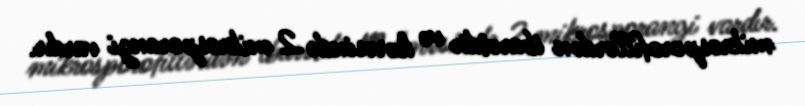
mikrosporofillərdən ibarətdir və hərəsində 2 mikrosporangi vardır.